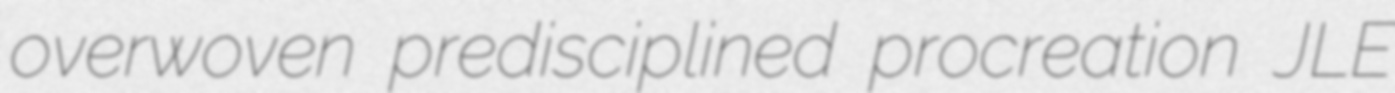
overwoven predisciplined procreation JLE